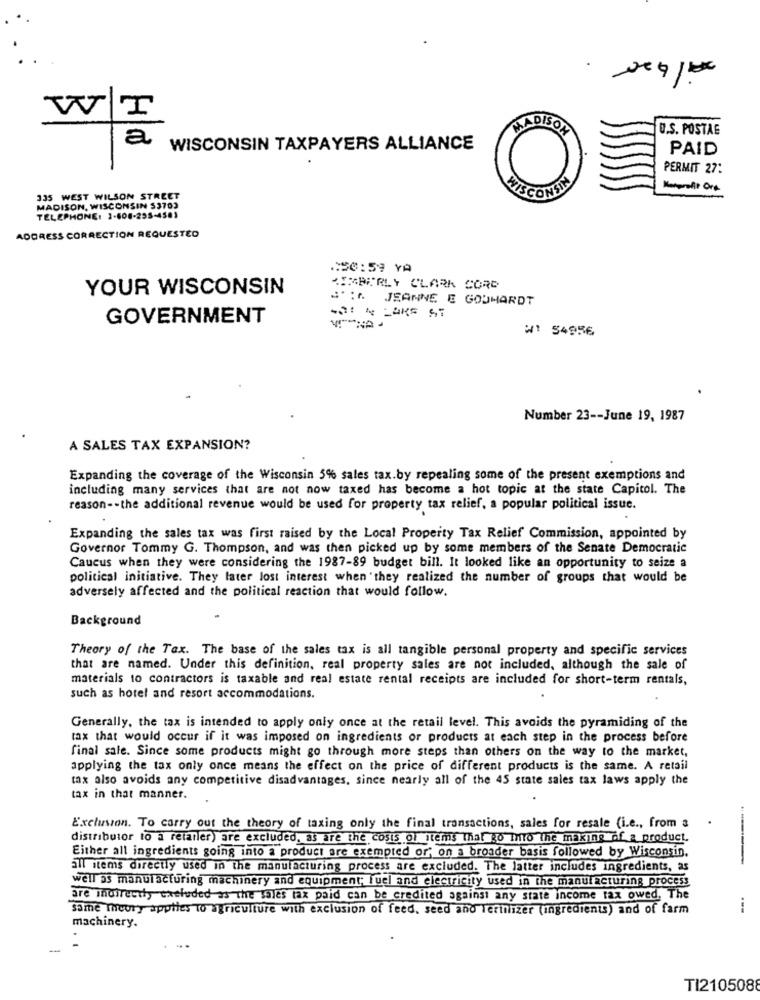
T
MADIS
U.S. POSTAE
a
WISCONSIN TAXPAYERS ALLIANCE
PAID
PERMIT 27:
ISCON
335 WEST WILSON STREET
MADISON, WISCONSIN $3703
TELEPHONE: 1-608-295-4501
ADDRESS CORRECTION REQUESTED
.50:59 YA
YOUR WISCONSIN
KIMBERLY CLARK CORD
S' :A JEANNE E GOUMARDT
GOVERNMENT
W1 54956
Number 23 -- June 19, 1987
A SALES TAX EXPANSION?
Expanding the coverage of the Wisconsin 5% sales tax.by repealing some of the present exemptions and
including many services that are not now taxed has become a hot topic at the state Capitol. The
reason -- the additional revenue would be used for property tax relief, a popular political issue.
Expanding the sales tax was first raised by the Local Property Tax Relief Commission, appointed by
Governor Tommy G. Thompson, and was then picked up by some members of the Senate Democratic
Caucus when they were considering the 1987-89 budget bill. It looked like an opportunity to seize a
political initiative. They later lost interest when they realized the number of groups that would be
adversely affected and the political reaction that would follow.
Background
Theory of the Tax. The base of the sales tax is all tangible personal property and specific services
that are named. Under this definition, real property sales are not included, although the sale of
materials to contractors is taxable and real estate rental receipts are included for short-term rentals,
such as hotel and resort accommodations.
Generally, the tax is intended to apply only once at the retail level. This avoids the pyramiding of the
tax that would occur if it was imposed on ingredients or products at each step in the process before
final sale. Since some products might go through more steps than others on the way to the market,
applying the tax only once means the effect on the price of different products is the same. A retail
tax also avoids any competitive disadvantages, since nearly all of the 45 state sales tax laws apply the
tax in that manner.
Exclusion. To carry out the theory of taxing only the final transactions, sales for resale (i.e ., from a
distributor to a retailer) are excluded, as are the costs of items that go Into the making of a product.
Either all ingredients going into a product are exempted or' on a broader basis followed by Wisconsin.
all items directly used in the manufacturing process are excluded. The latter includes ingredients, as
well as manufacturing machinery and equipment; fuel and electricity used in the manufacturing process
are indirectly excluded as the sales tax paid can be credited against any state income tax owed. The
Same Theory applies to agriculture with exclusion of feed, seed and lerinizer (ingredients) and of farm
---
machinery.
-
TI2105088